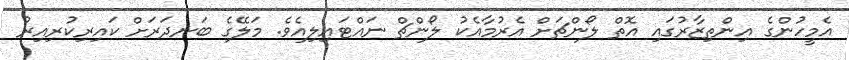
އެމީހުންގެ އިންތިޒާރުގައި އޮތް ލޯންޗަށް އެރުމާއެކު ލޯންޗް ނައްޓައިލިއެވެ. މަލޭގެ ބަނދަރަށް ކައިރިކުރިއިރު